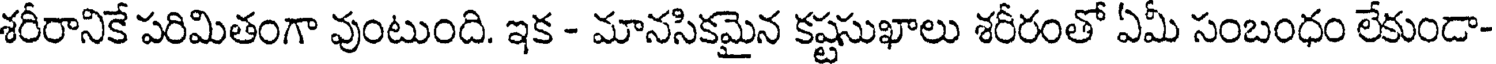
శరీరానికే పరిమితంగా వుంటుంది. ఇక - మానసికమైన కష్టసుఖాలు శరీరంతో ఏమీ సంబంధం లేకుండా-